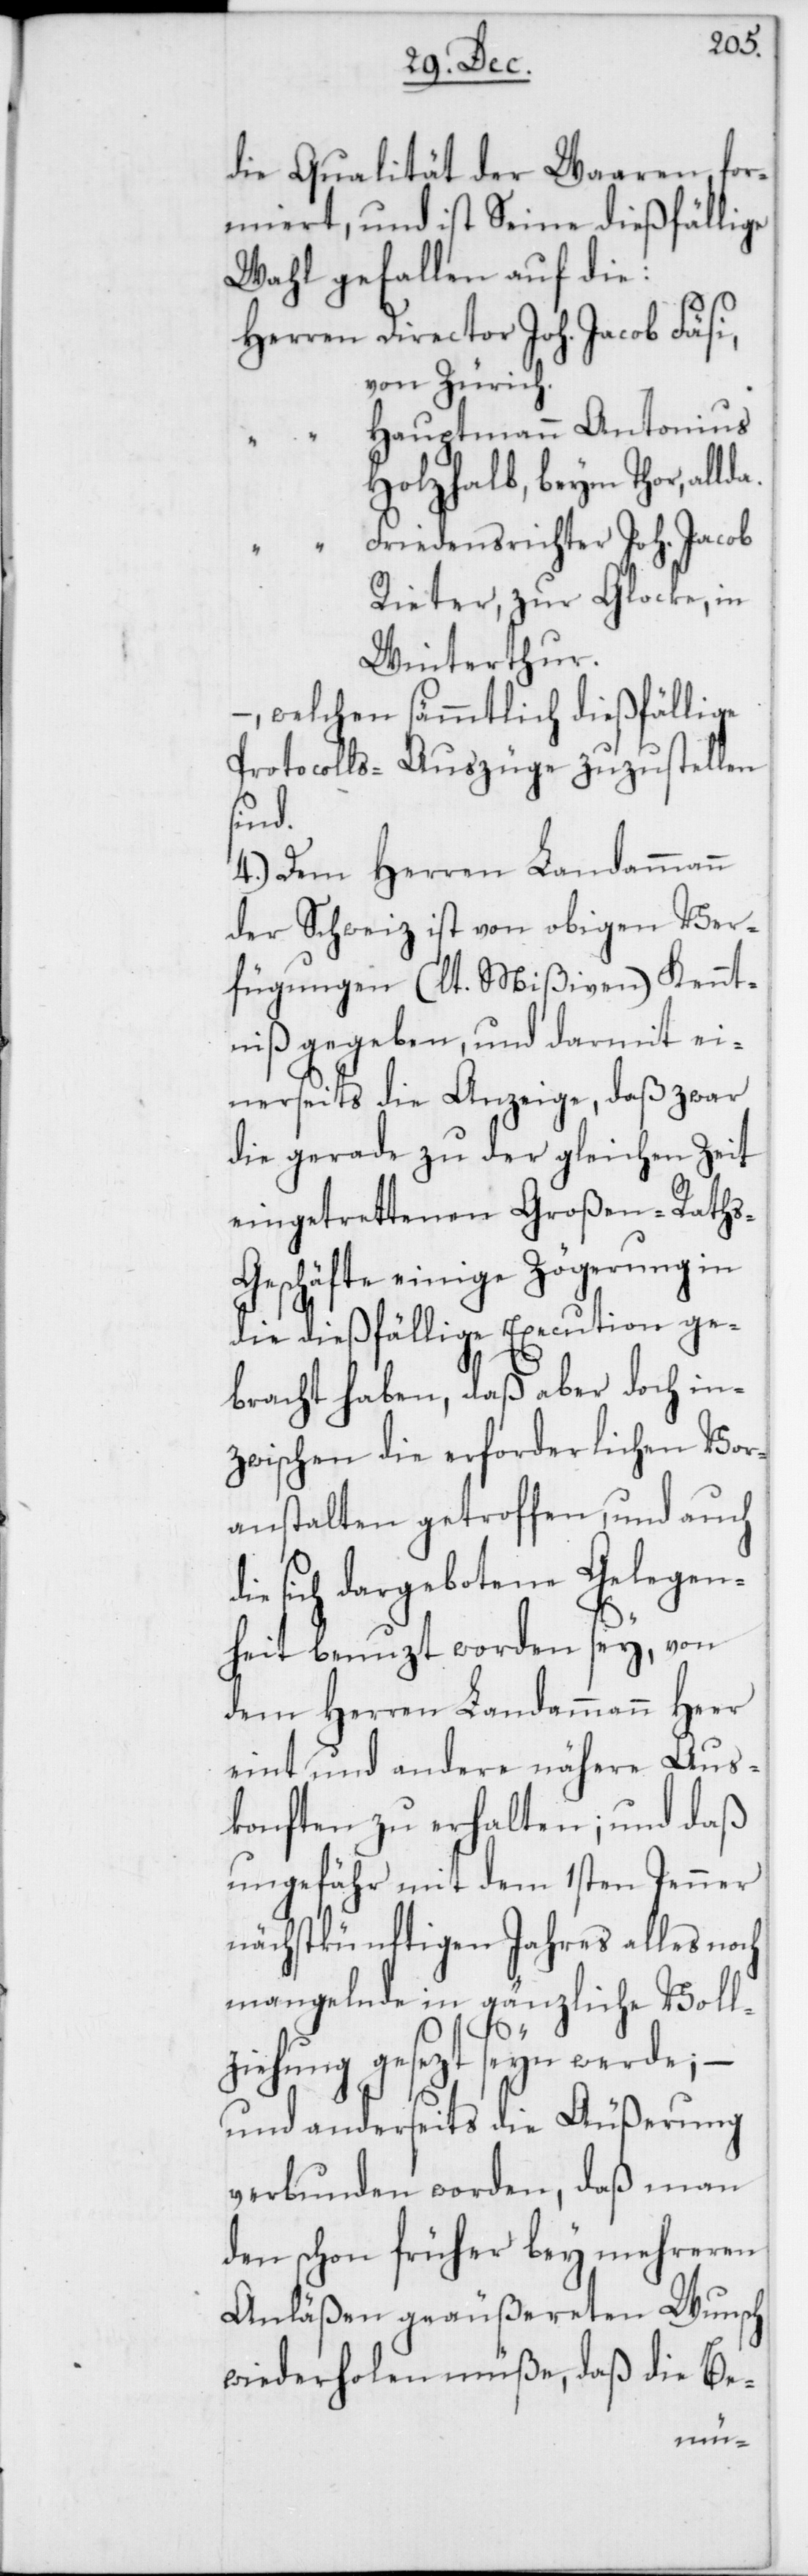
die Qualität der Waaren for¬
miert, und ist Seine dießfällige
Wahl gefallen auf die:
Herren Director Joh. Jacob Fäsi
von Zürich.
Hauptmann Antonius
Holzhalb, beym Thor,
Friedensrichter Joh. Jacob
Rieter, zur Glocke, in
Winterthur.
– welchen sämmtlich dießfällige
Protocolls-Auszüge zuzustellen
sind.
4.) Dem Herren Landammann
der Schweiz ist von obigen Ver¬
fügungen (lt. Mißiven) Kennt¬
niß gegeben und darmit ei¬
nerseits die Anzeige, daß zwar
die gerade zu der gleichen Zeit
eingetrettenen Großen-Raths-G¬
eschäfte einige Zögerung in
die dießfällige Execution ge¬
bracht haben, daß aber doch in¬
zwischen die erforderlichen Vor¬
anstalten getroffen und auch
sich dargebotene Gelegen¬
heit benuzt worden sey, von
dem Herren Landammann Heer
eint und andere nähere Aus¬
konften zu erhalten; und daß
ungefähr mit dem 1sten Jenner
nächstkünftigen Jahres alles noch
mangelnde in gänzliche Voll¬
ziehung gesezt seyn werde; –
und anderseits die Äußerung
verbunden worden, daß man
den schon früher bey mehreren
Anläßen geäußereten Wunsch
wiederholen müße, daß die Be-